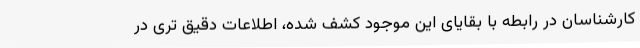
کارشناسان در رابطه با بقایای این موجود کشف شده، اطلاعات دقیق تری در